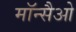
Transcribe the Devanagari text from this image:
मॉन्सैओ